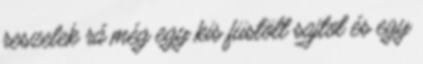
reszelek rá még egy kis füstölt sajtot és egy